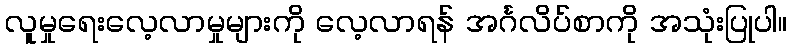
လူမှုရေးလေ့လာမှုများကို လေ့လာရန် အင်္ဂလိပ်စာကို အသုံးပြုပါ။